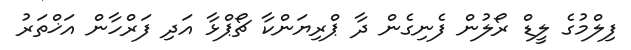
ފިލްމުގެ ލީޑް ރޯލުން ފެނިގެން ދާ ޕްރިޔަންކާ ޗޯޕްޅާ އަދި ފަރްހާން އަޚްތަރު